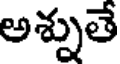
అశ్నుతే